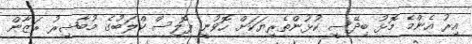
އިރު އެންމެ މޮޅު ބިދޭސީ ކުޅުންތެރިޔަކަށް ހޮވުނީ ޕޮލިސް ކްލަބުގެ މުބާޝިރު ރަޒާން